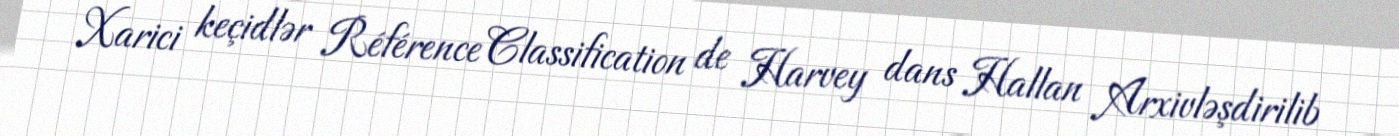
Xarici keçidlər Référence Classification de Harvey dans Hallan Arxivləşdirilib